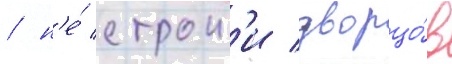
/ н'е́ строил'и дворцо́в